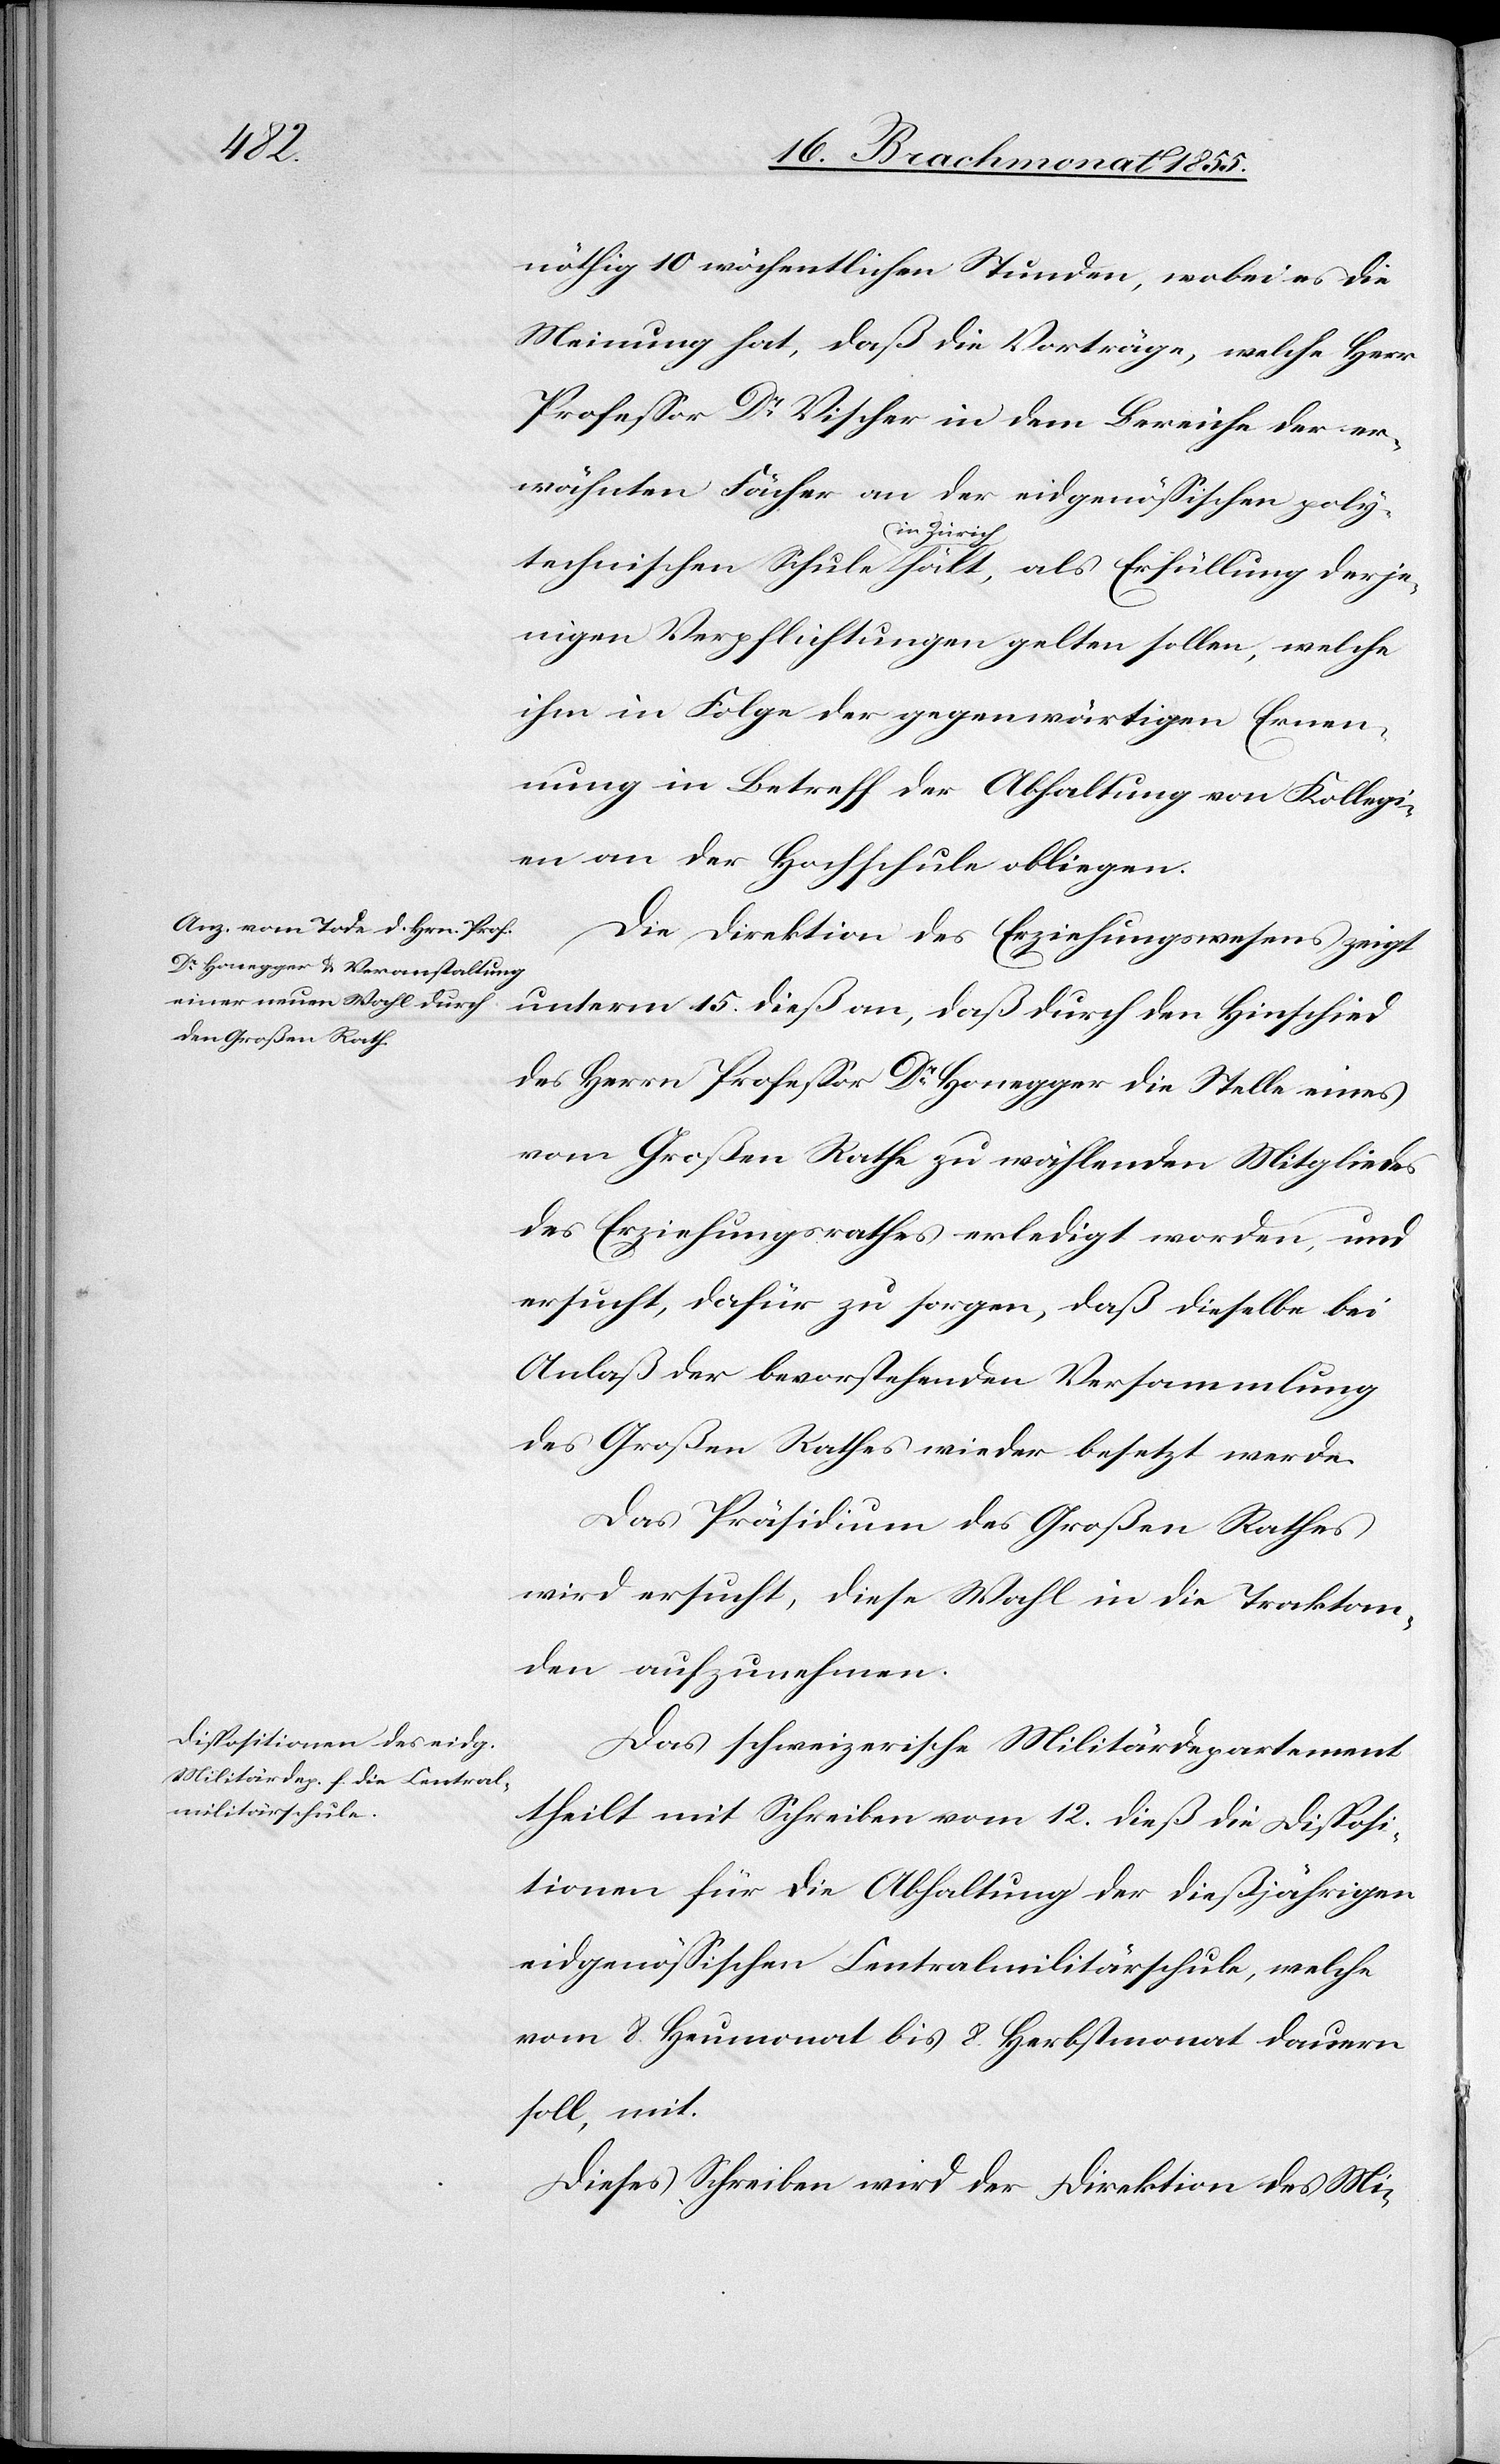
nöthig 10 wöchentlichen Stunden, wobei es die
Meinung hat, daß die Vorträge, welche Herr
Professor Dr Vischer in dem Bereiche der er¬
wähnten Fächer an der eidgenössischen poly¬
technischen Schule in Zürich hält, als Erfüllung derje¬
nigen Verpflichtungen gelten sollen, welche
ihm in Folge der gegenwärtigen Ernen¬
nung in Betreff der Abhaltung von Kollegi¬
en an der Hochschule obliegen.
Die Direktion des Erziehungswesens zeigt
unterm 15. dieß an, daß durch den Hinschied
des Herrn Professor Dr Honegger die Stelle eines
vom Großen Rathe zu wählenden Mitgliedes
des Erziehungsrathes erledigt worden, und
ersucht, dafür zu sorgen, daß dieselbe bei
Anlaß der bevorstehenden Versammlung
des Großen Rathes wieder besetzt werde.
Das Präsidium des Großen Rathes
wird ersucht, diese Wahl in die Traktan¬
den aufzunehmen.
Das schweizerische Militärdepartement
theilt mit Schreiben vom 12. dieß die Disposi¬
tionen für die Abhaltung der dießjährigen
eidgenössischen Centralmilitärschule, welche
vom 8. Heumonat bis 8. Herbstmonat dauern
soll, mit.
Dieses Schreiben wird der Direktion des Mi-